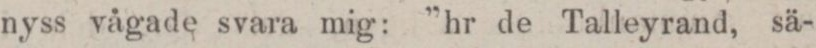
nyss vågade svara mig: ”hr de Talleyrand, sä-